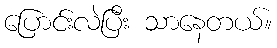
ပြောင်းလဲပြီး သာနေတယ်။